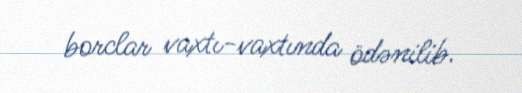
borclar vaxtı-vaxtında ödənilib.